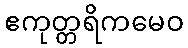
ဧကုတ္တရိကမေဝ